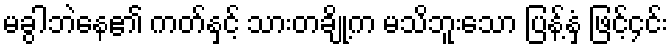
မခွါဘဲနေ၏ ကတ်နှင့် သားတချို့က မသိဘူးသော ပြန့်နှံ ဖြင့်၄င်း